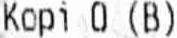
KOPI O (B)